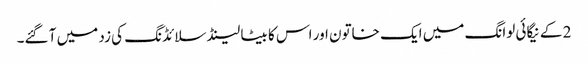
2 کے نیگائی لوانگ میں ایک خاتون اور اس کا بیٹا لینڈ سلائڈنگ کی زد میں آ گئے۔